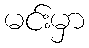
မင်းမှာ